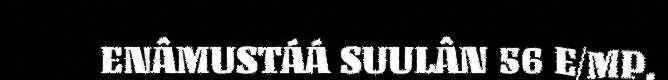
ENÂMUSTÁÁ SUULÂN 56 E/MP.